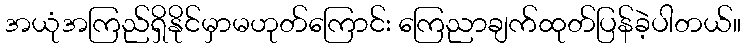
အယုံအကြည်ရှိနိုင်မှာမဟုတ်ကြောင်း ကြေညာချက်ထုတ်ပြန်ခဲ့ပါတယ်။